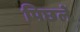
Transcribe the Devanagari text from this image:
पिछलें